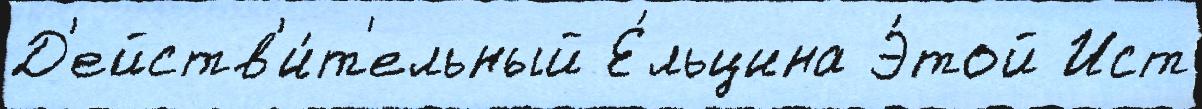
Д'ейств'и́т'ельный Е́льцина Э́той Ист